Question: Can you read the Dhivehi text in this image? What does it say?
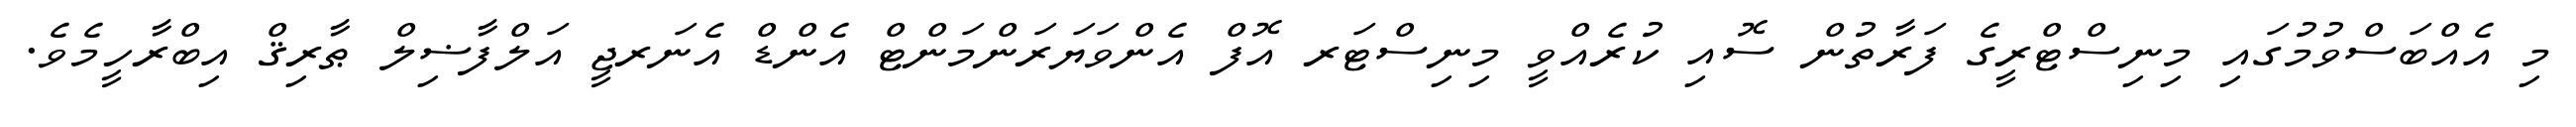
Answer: މި އެއްބަސްވުމުގައި މިނިސްޓްރީގެ ފަރާތުން ސޮއި ކުރެއްވީ މިނިސްޓަރ އޮފް އެންވަޔަރަންމަންޓް އެންޑް އެނަރޖީ އަލްފާޟިލް ޠާރިޤް އިބްރާހީމެވެ.